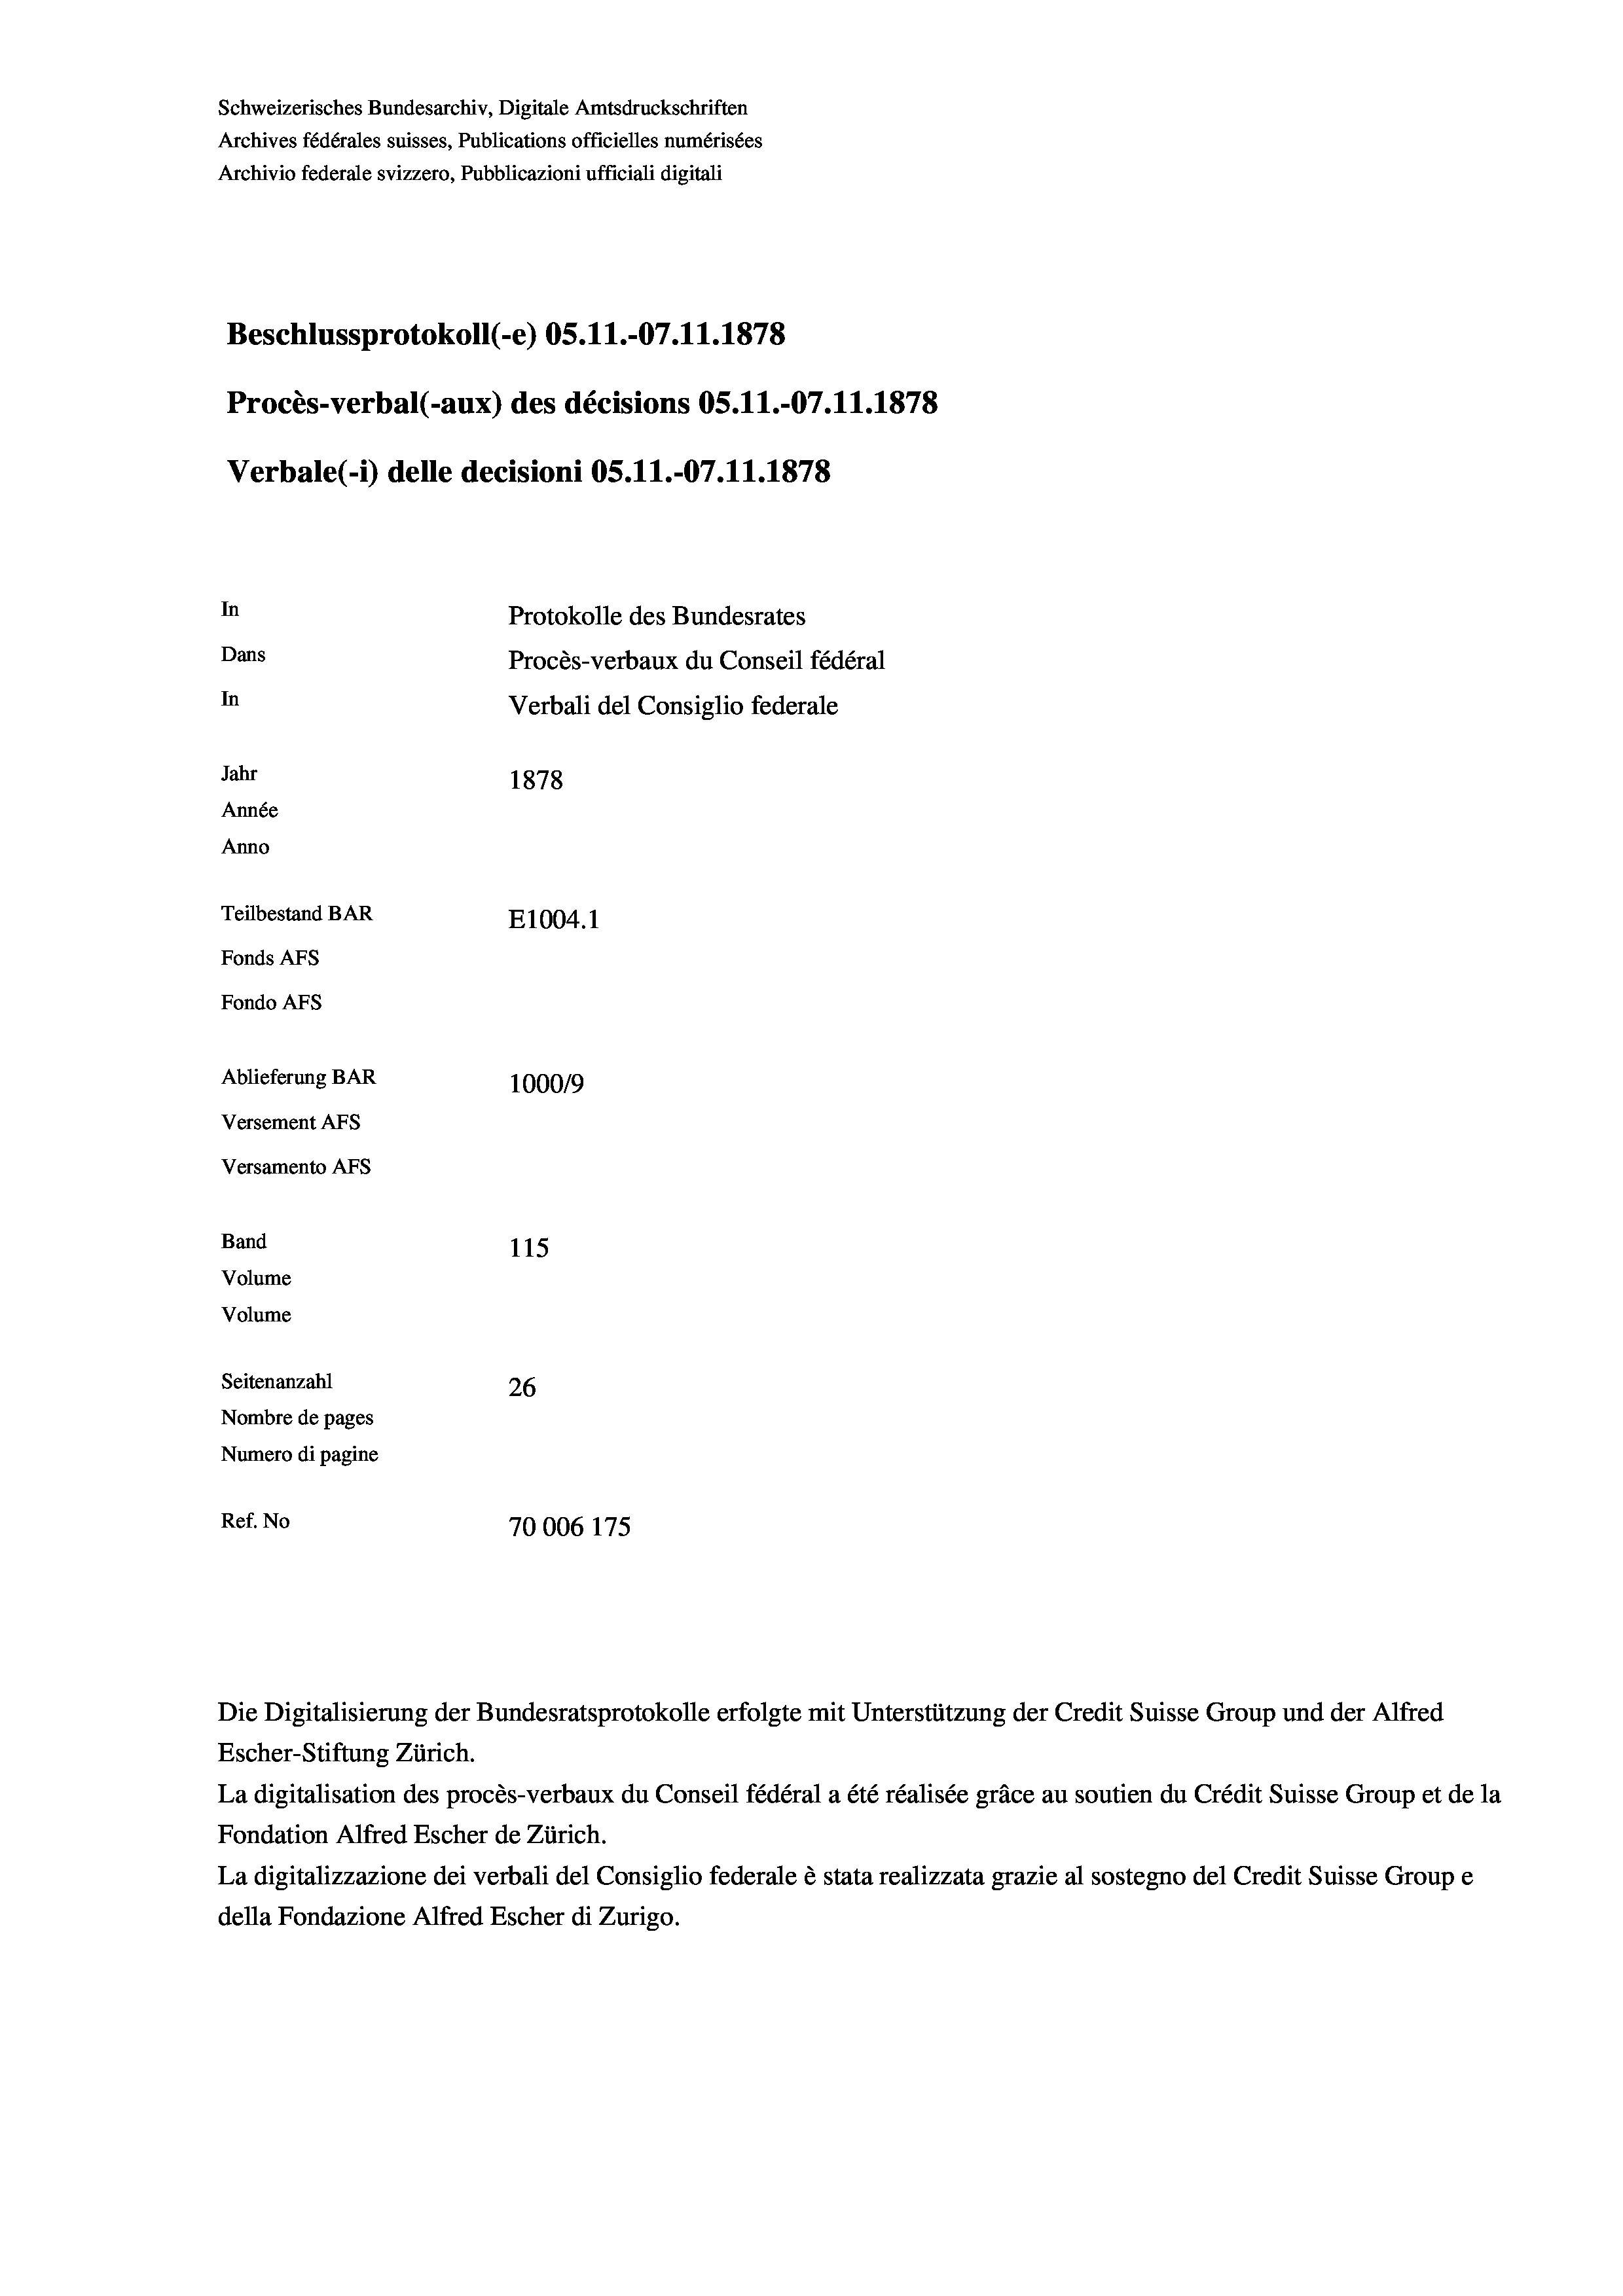
Schweizerisches Bundesarchiv, Digitale Amtsdruckschriften
Archives fédérales suisses, Publications officielles numérisées
Archivio federale svizzero, Pubblicazioni ufficiali digitali
Beschlussprotokoll (-e) OS.11.-07.11.1878
Procès-verbal (-aux) des décisions OS.11.-07.11.1878
Verbale(*) delle decisioni OS. 11.-07.11.1878
In
Protokolle des Bundesrates
Dans
Procès-verbaux du Conseil fédéral
In
Verbali del Consiglio federale
Jahr
1878
Année
Anno
Teilbestand BAR
E1004. 1
Fonds AFs
Fondo Afs
Ablieferung BAR
100019
Versement AFs
Versamento AFS
Band
115
Volume
Volume
Seitenanzahl
26
Nombre de pages
Numero di pagine
Ref. No
70006 175

Escher-Stiftung Zürich.
La digitalisation des procès-verbaux du Conseil fédéral a été réalisée gräce au soutien du Crédit Suisse Group et de la
Fondation Alfred Escher de Zürich.
La digitalizzazione dei verbali del Consiglio federale è stata realizzata grazie al sostegno del Credit Suisse Groupe
della Fondazione Alfred Escher di Zurigo.

Die Digitalisierung der Bundesratsprotokolle erfolgte mit Unterstützung der Credit Suisse Group und der Alfred